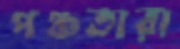
পঞ্চতারা